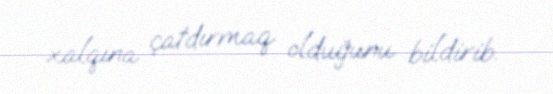
xalqına çatdırmaq olduğunu bildirib.